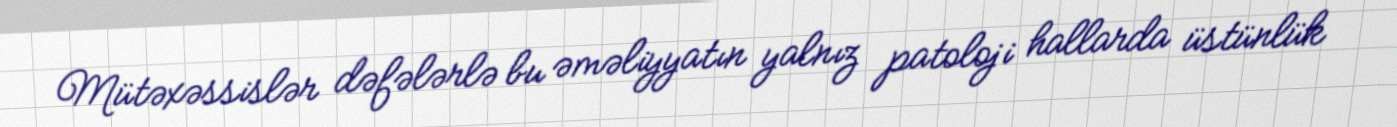
Mütəxəssislər dəfələrlə bu əməliyyatın yalnız patoloji hallarda üstünlük